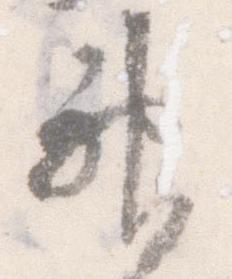
神